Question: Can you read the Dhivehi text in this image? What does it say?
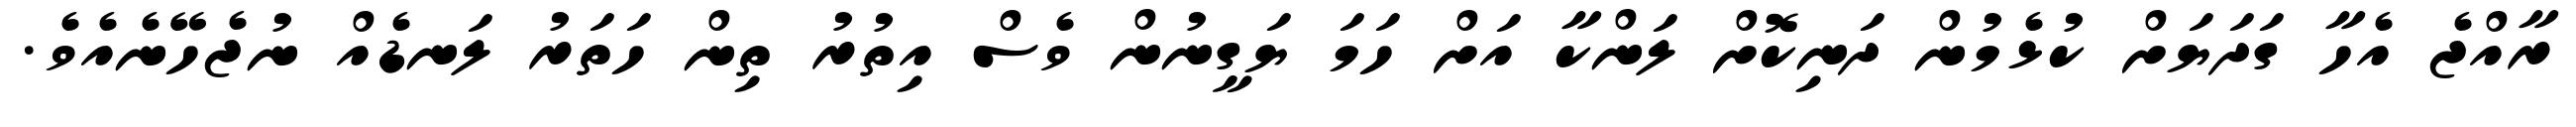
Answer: ރާއްޖެ އެހާ ގަދަޔަށް ކުޅެމުން ދަނިކޮށް ލަންކާ އަށް ހަމަ ޔަގީނުން ވެސް އިތުރު ތިން ހަތަރު ލަނޑެއް ނުޖެހޭނެއެވެ.